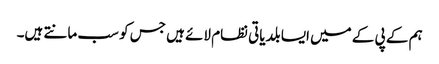
ہم کے پی کے میں ایسا بلدیاتی نظام لائے ہیں جس کو سب مانتے ہیں۔